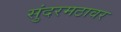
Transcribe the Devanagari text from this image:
सुंदरमठावर